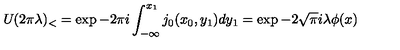
U _ { { } } ( 2 \pi \lambda ) _ { < } = \exp - 2 \pi i \int _ { - \infty } ^ { x _ { 1 } } j _ { 0 } ( x _ { 0 } , y _ { 1 } ) d y _ { 1 } = \exp - 2 \sqrt { \pi } i \lambda \phi ( x )